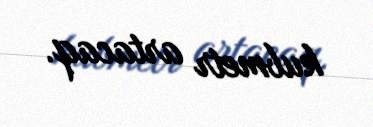
kubmetr artacaq.